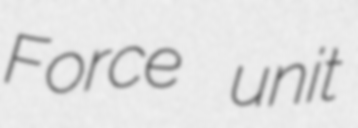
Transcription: Force unit